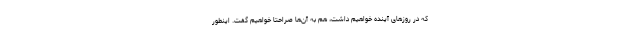
که در روزهای آینده خواهیم داشت، هم به آن‌ها صراحتا خواهیم گفت. اینطور